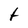
Character: t